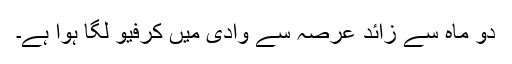
دو ماہ سے زائد عرصہ سے وادی میں کرفیو لگا ہوا ہے۔